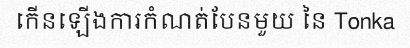
កើនឡើងការកំណត់បែនមួយ នៃ Tonka